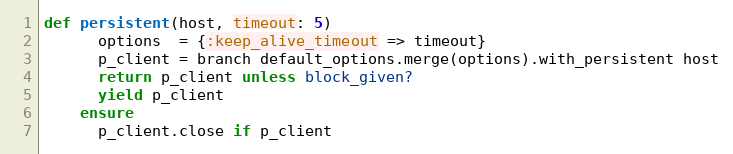
Language: Ruby
def persistent(host, timeout: 5)
      options  = {:keep_alive_timeout => timeout}
      p_client = branch default_options.merge(options).with_persistent host
      return p_client unless block_given?
      yield p_client
    ensure
      p_client.close if p_client